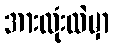
အားလုံးထဲမှာ